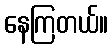
နေကြတယ်။